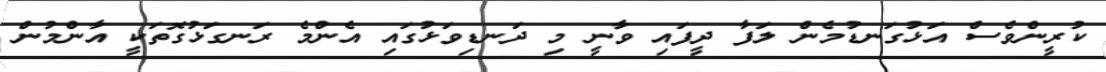
ކުރީންވެސް އަޅުގަނޑުމެން ލަފާ ދީފައި ވާނީ މި ދަނޑިވަޅުގައި އެންމެ ރަނގަޅުގޮތަކީ އާންމުން